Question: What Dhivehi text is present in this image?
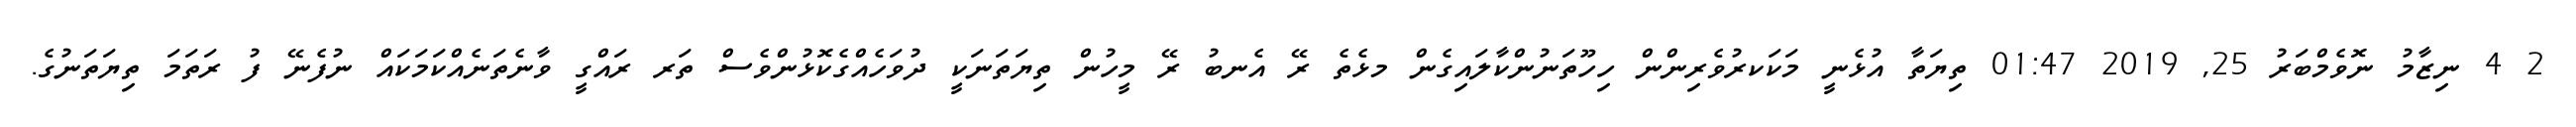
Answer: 2 4 ނިޒާމު ނޮވެމްބަރު 25, 2019 01:47 ތިޔަތާ އުޅެނީ މަކަކރުވެރިންން ހިހޫތަނުންކާލައިގެން މޅެތެ ރޭ އެނބު ރޭ މީހުން ތިޔަތަނަކީ ދުވަހެއްގެކޮޅުންވެސް ތަރ ރައްގީ ވާނެތަނެއްކަމަކައް ނުފެނޭ ފު ރަތަމަ ތިޔަތަނުގެ.